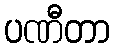
ပဏီတာ